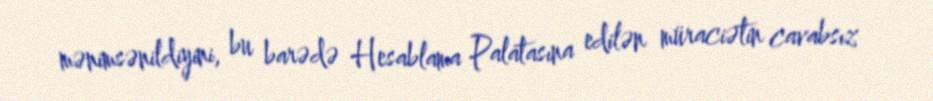
mənimsənildiyini, bu barədə Hesablama Palatasına edilən müraciətin cavabsız